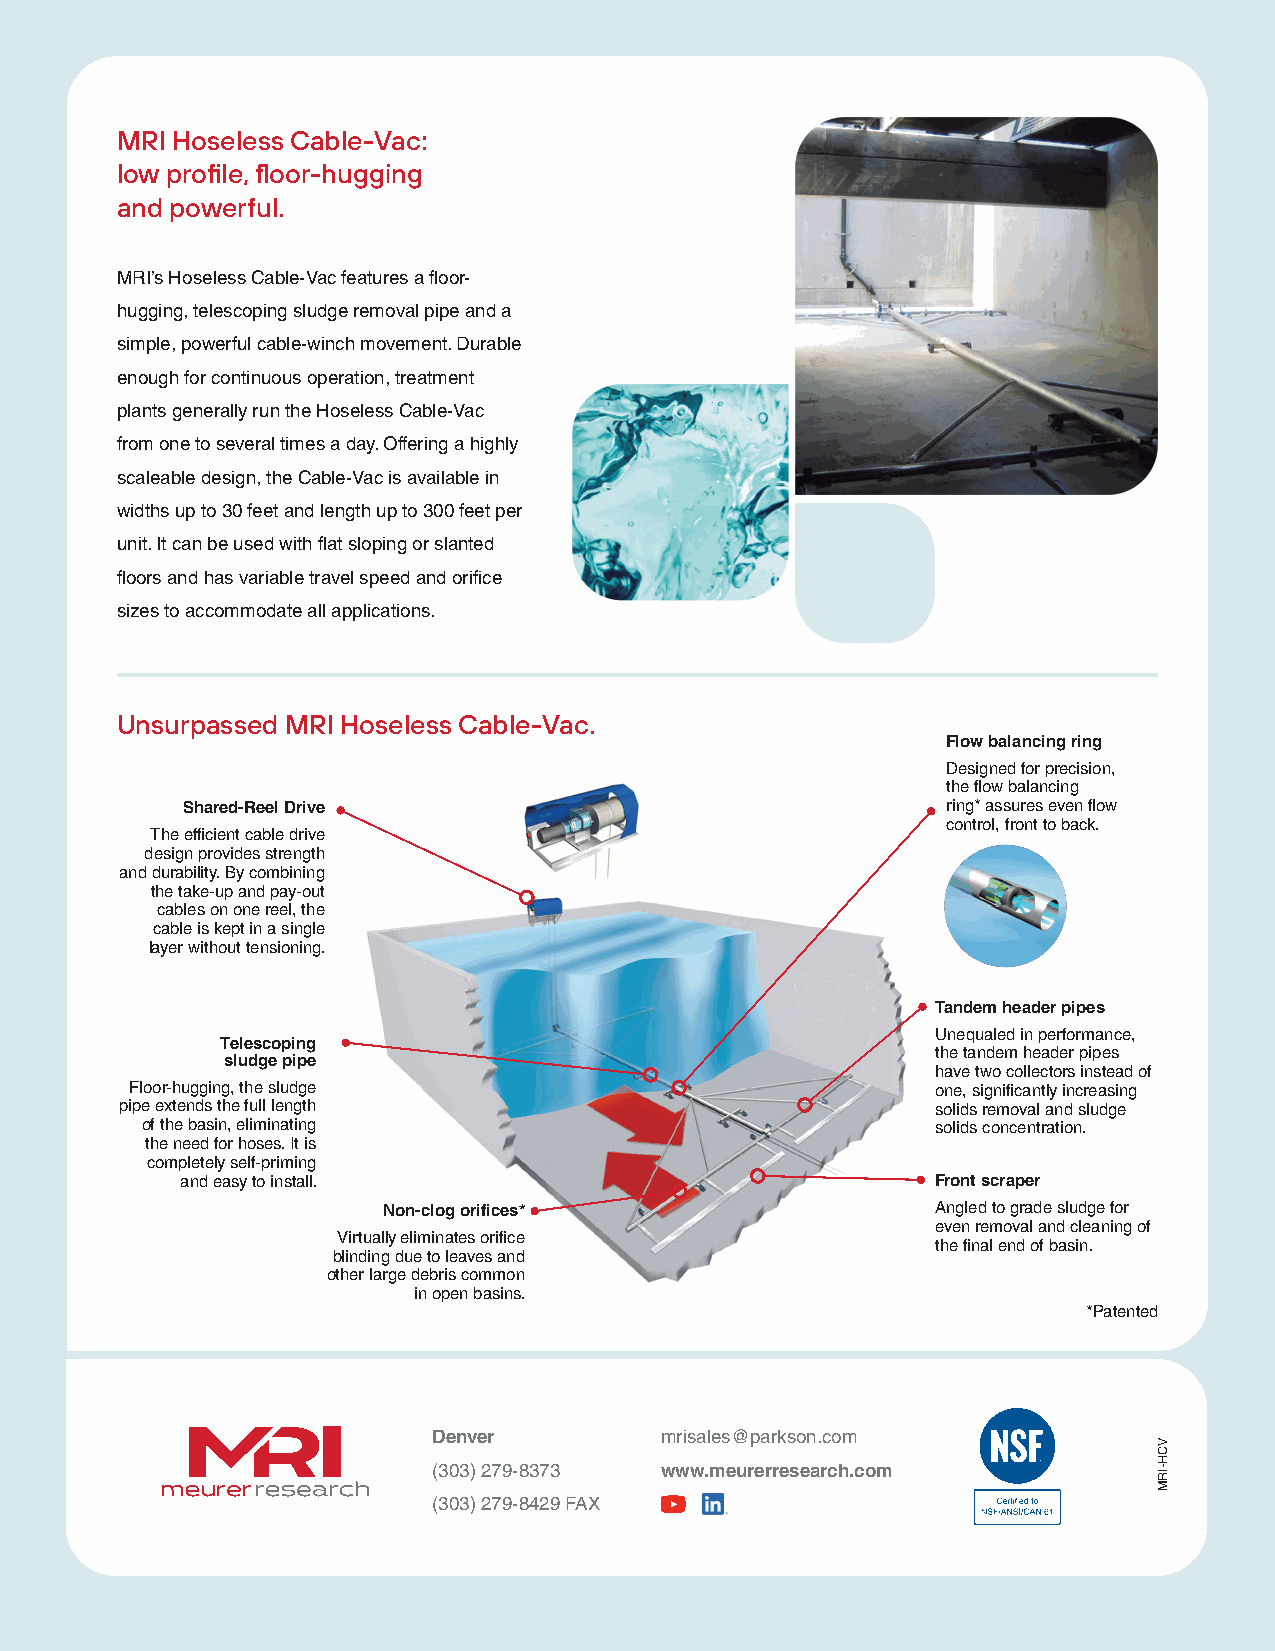
MRI Hoseless Cable-Vac:
 low profi le, fl oor-hugging
 and powerful.
 MRI’s Hoseless Cable-Vac features a floor-
 hugging, telescoping sludge removal pipe and a
 simple, powerful cable-winch movement. Durable
 enough for continuous operation, treatment
 plants generally run the Hoseless Cable-Vac
 from one to several times a day. Offering a highly
 scaleable design, the Cable-Vac is available in
 widths up to 30 feet and length up to 300 feet per
 unit. It can be used with flat sloping or slanted
 floors and has variable travel speed and orifice
 sizes to accommodate all applications.
 Unsurpassed MRI Hoseless Cable-Vac.
 Flow balancing ring
 Designed for precision,
 the flow balancing
 Shared-Reel Drive                                  ring* assures even flow
 control, front to back.
 The efficient cable drive
 design provides strength
 and durability. By combining
 the take-up and pay-out
 cables on one reel, the
 cable is kept in a single
 layer without tensioning.
 Tandem header pipes
 Unequaled in performance,
 Telescoping
 the tandem header pipes
 sludge pipe
 have two collectors instead of
 Floor-hugging, the sludge                            one, significantly increasing
 pipe extends the full length                          solids removal and sludge
 of the basin, eliminating                            solids concentration.
 the need for hoses. It is
 completely self-priming
 and easy to install.                              Front scraper
 Non-clog orifices*                   Angled to grade sludge for
 even removal and cleaning of
 Virtually eliminates orifice
 the final end of basin.
 blinding due to leaves and
 other large debris common
 in open basins.
 *Patented
 Denver         mrisales@parkson.com
 (303) 279-8373 www.meurerresearch.com
 (303) 279-8429 FAX
 VCH-IRM